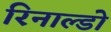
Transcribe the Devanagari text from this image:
रिनाल्डो